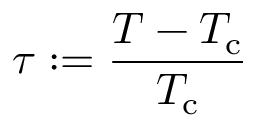
\tau : = { \frac { T - T _ { \mathrm { c } } } { T _ { \mathrm { c } } } }